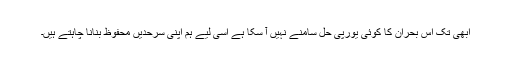
ابھی تک اس بحران کا کوئی یورپی حل سامنے نہیں آ سکا ہے اسی لیے ہم اپنی سرحدیں محفوظ بنانا چاہتے ہیں۔